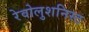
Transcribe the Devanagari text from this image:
रेवोलुशनिस्ट